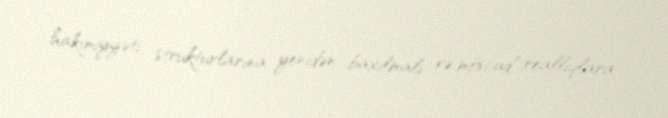
hakimiyyəti strukturlarına yenidən baxılmalı və mövcud reallıqlara